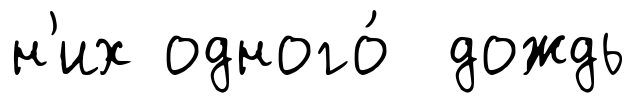
н'их одного́ дождь